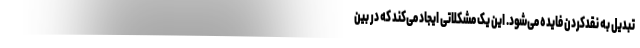
تبدیل به نقدکردن فایده می‌شود. این یک مشکلاتی ایجاد می‌کند که در بین